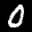
Label: 0